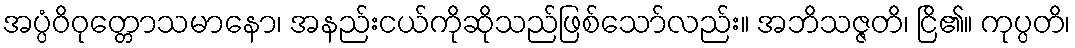
အပ္ပံဝိဝုတ္တောသမာနော၊ အနည်းငယ်ကိုဆိုသည်ဖြစ်သော်လည်း။ အဘိသဇ္ဇတိ၊ ငြိ၏။ ကုပ္ပတိ၊